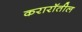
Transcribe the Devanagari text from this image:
करारॉतील